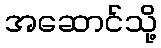
အဆောင်သို့